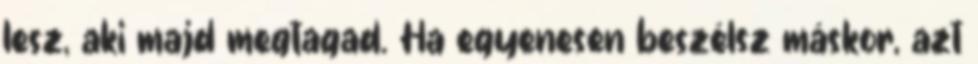
lesz, aki majd megtagad. Ha egyenesen beszélsz máskor, azt